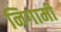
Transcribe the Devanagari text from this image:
निगामी